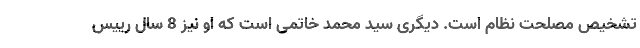
تشخیص مصلحت نظام است. دیگری سید محمد خاتمی است که او نیز 8 سال رییس